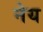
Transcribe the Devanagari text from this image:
नेय